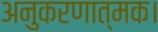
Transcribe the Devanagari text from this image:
अनुकरणात्मक।